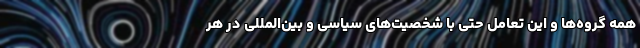
همه گروه‌ها و این تعامل حتی با شخصیت‌های سیاسی و بین‌المللی در هر